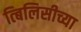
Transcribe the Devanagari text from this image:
त्बिलिसीच्या